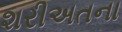
શરીઅતના